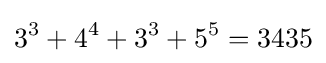
3^{3}+4^{4}+3^{3}+5^{5}=3435